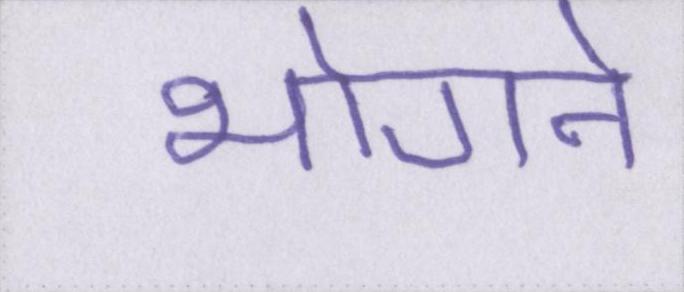
भोगने